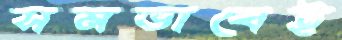
সমভাবেই